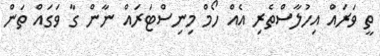
ތީ ވަރައް އިހުލާސްތެރި އެއް ހޯމް މިނިސްޓަރައް ނާން ގާ ވަގައް ތަން